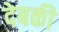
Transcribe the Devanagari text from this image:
देबकी